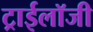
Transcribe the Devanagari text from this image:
ट्राईलॉजी